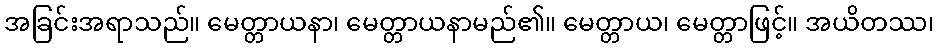
အခြင်းအရာသည်။ မေတ္တာယနာ၊ မေတ္တာယနာမည်၏။ မေတ္တာယ၊ မေတ္တာဖြင့်။ အယိတဿ၊